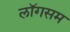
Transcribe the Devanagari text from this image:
लॉगसम